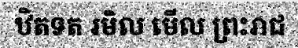
ឋិតទត រមិល មើល ព្រះរាជ